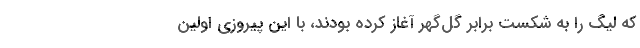
که لیگ را به شکست برابر گل‌گهر آغاز کرده بودند، با این پیروزی اولین